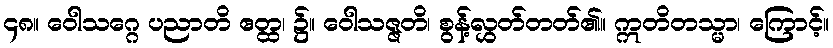
၄၈။ ဝေါသဂ္ဂေ ပညာတိ ဧတ္ထ၊ ၌။ ဝေါသဇ္ဇတိ၊ စွန့်လွှတ်တတ်၏။ ဣတိတသ္မာ၊ ကြောင့်။